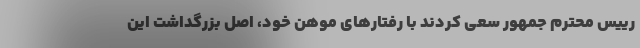
رییس محترم جمهور سعی کردند با رفتارهای موهن خود، اصل بزرگداشت این